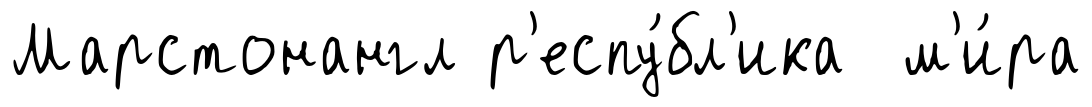
Марстонангл р'еспу́бл'ика м'и́ра